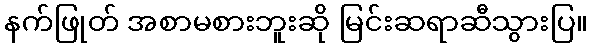
နက်ဖြုတ် အစာမစားဘူးဆို မြင်းဆရာဆီသွားပြ။